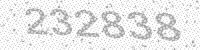
Solution: 232838